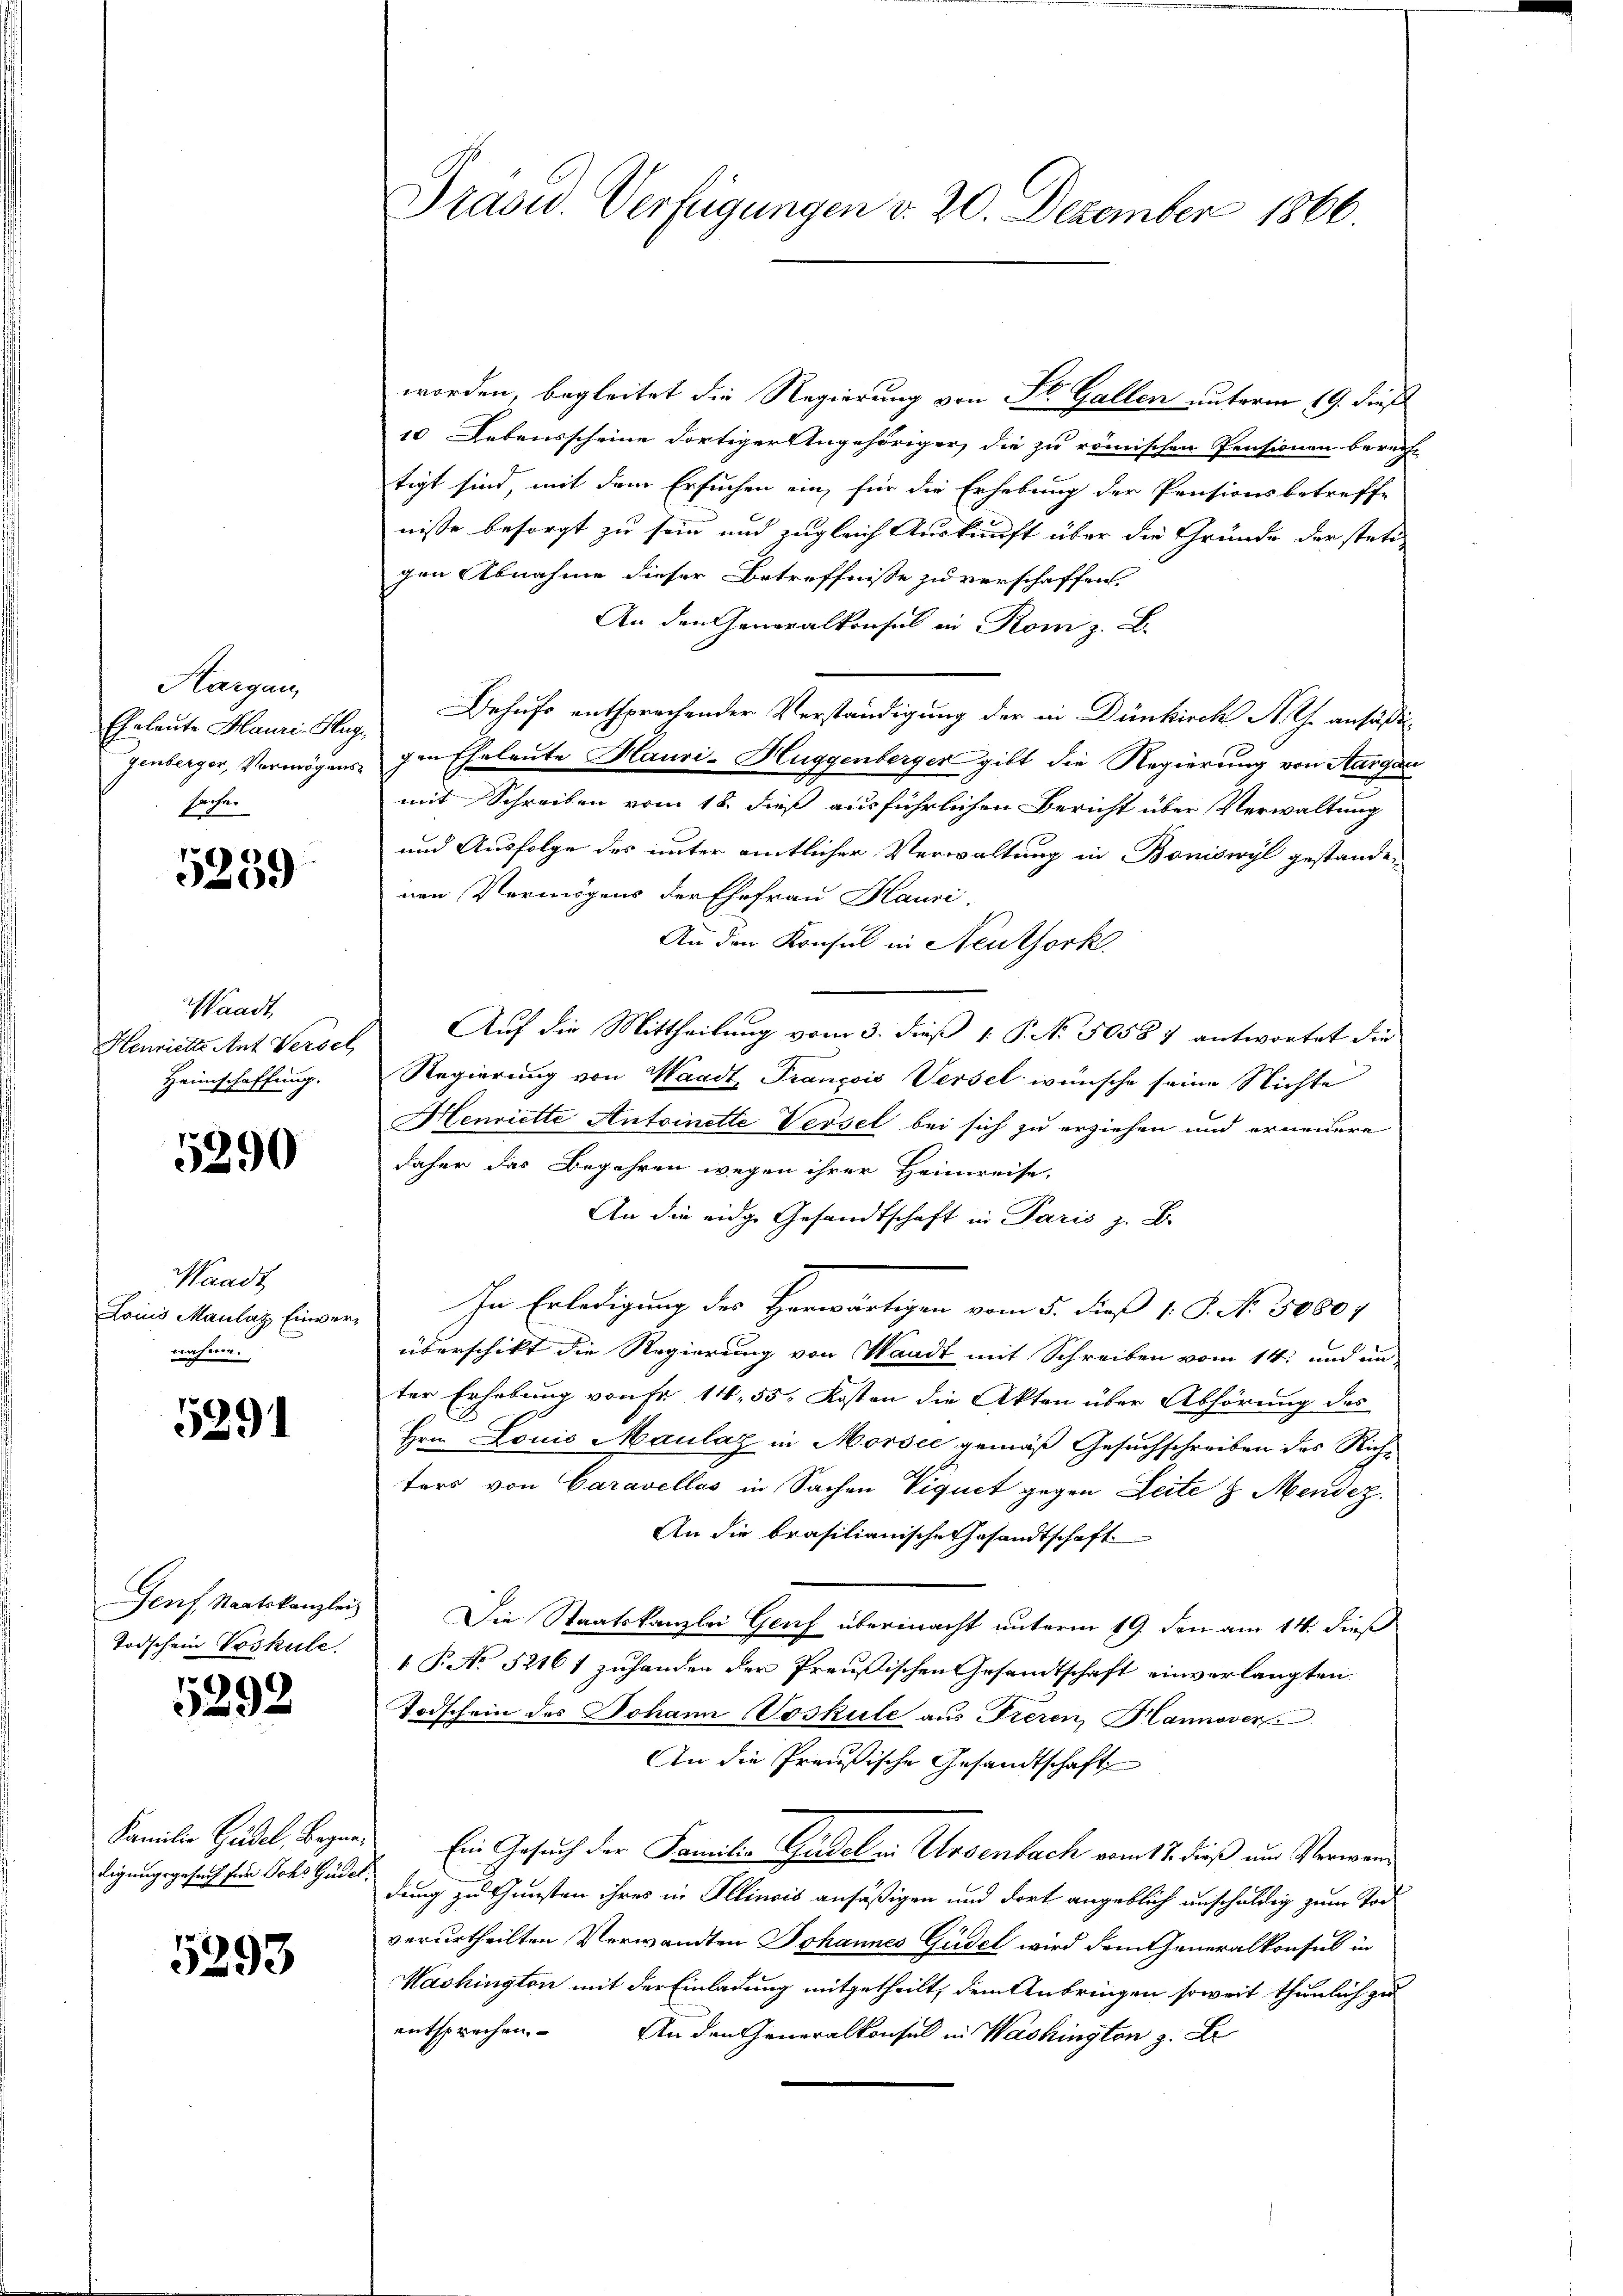
Margau,
Eheleute Mauri-Hugsache.

5239

Waadt,
Heimschaffung.

5290

Waadt
Laiis Maulaz Einvernahme.

5291

Genf, Staatskanzlei
Todschein Voskule.

1292.

5293

worden, begleitet die Regierung von St. Gallen unterm 19. dieß
10 Lebensscheine dortiger Angehöriger, die zu römischen Pensionen berecht
tigt sind, mit dem Ersuchen ein, für die Erhebung der Pensionsbetreffe
nisse besorgt zu sein und zugleich Auskunft über die Gründe der stati
gen Abnahme dieser Betreffnisse zu verschaffen.
An den Generalkonsul in Rom z. B.
Behufs entsprechender Verständigung der in Dünkirch A. Th. ansäßig
Genberger, Vermögens den Eheleute Mauri-Huggenberger gibt die Regierung von Aargau
mit Schreiben vom 18. dieß ausführlichen Bericht über Verwaltung
und Ausfolge des unter amtlicher Verwaltung in Boniswyl gestanden
nen Vermögens der Ehefrau Hauri
An den Konsul in Neuthork
Henriette Ant Versel Auf die Mittheilung vom 3. dieß 1. P. No. 5058 7 antwortet die
Regierung von Waadt, François Versel wünsche seine Nichte
Henriette Antoinette Versel bei sich zu erziehen und erneuere
daher das Begehren wegen ihrer Heimreise,
An die eidge Gesandtschaft in Paris z. B.
In Erledigung des Herwärtigen vom 5. dieß 18. No. 50801
überschikt die Regierung von Waadt mit Schreiben vom 14. und un-
ter Erhebung von Fr. 14, 55. Kosten die Akten über Abhörung des
Hrn. Louis Maulaz in Morsee gemäß Gesuchschreiben des Rich-
ters von Caravellos in Sachen Viquet gegen Zeite 8 Mendez
An die brasilianische Gesandtschaft
Die Staatskanzlei Genf übermacht unterm 19. den am 14. dieß
 P. No 52161 zuhanden der Preußischen Gesandtschaft einverlangten
Todschein des Johann Voskule aus Tieren, Hannover
An die Preußische Gesandtschaft
Familie Gudel, Begin. Ein Gesuch der Familio Gudel in Ursenbach vom 17. dieß um Verwandigungsgesuch für Joh. Gadel, dung zu Gunsten ihres in Illinois ansäßigen und dort angeblich unschuldig zum Todverurtheilten Verwandten Johannes Gudel wird dem Generalkonsul in
Washington mit der Einladung mitgetheilt, dem Anbringen soweit thunlich zu
entsprechen.
An den Generalkonsul in Washington z. Er

Präsid. Verfügungen v. 20. Dezember 1860.